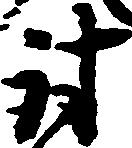
討